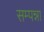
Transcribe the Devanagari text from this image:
सम्पन्ना